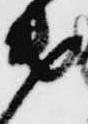
第